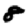
Digit: 8